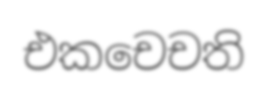
එකචෙචති